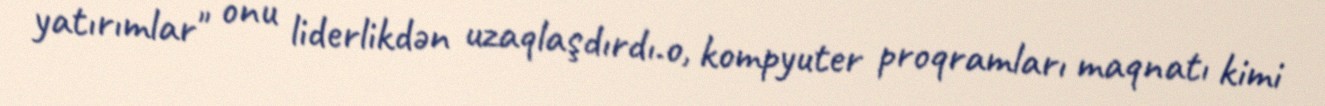
yatırımlar" onu liderlikdən uzaqlaşdırdı.o, kompyuter proqramları maqnatı kimi